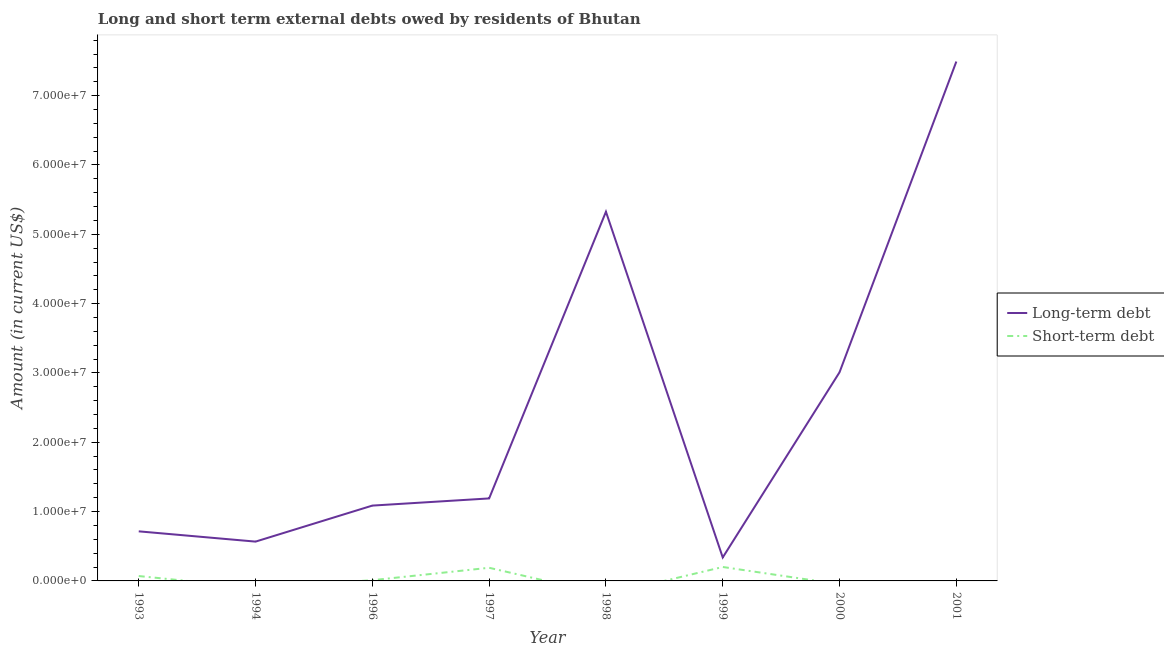
| Year | Long-term debt | Short-term debt |
 | --- | --- | --- |
 | 1993 | 7.15e+06 | 7.03e+05 |
 | 1994 | 5.67e+06 | -1e+06 |
 | 1996 | 1.09e+07 | 1.04e+05 |
 | 1997 | 1.19e+07 | 1.9e+06 |
 | 1998 | 5.33e+07 | -2e+06 |
 | 1999 | 3.38e+06 | 2.01e+06 |
 | 2000 | 3.01e+07 | -4.8e+05 |
 | 2001 | 7.49e+07 | -1.5e+06 |